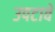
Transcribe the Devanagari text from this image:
उपटावे